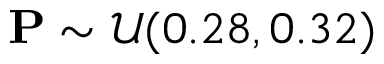
\mathbf { P } \sim \mathcal { U } ( 0 . 2 8 , 0 . 3 2 )